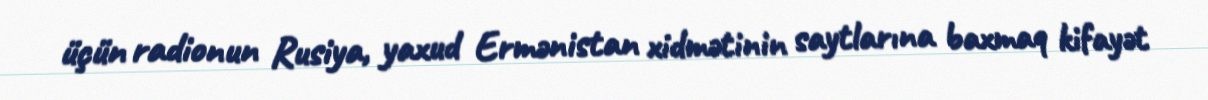
üçün radionun Rusiya, yaxud Ermənistan xidmətinin saytlarına baxmaq kifayət